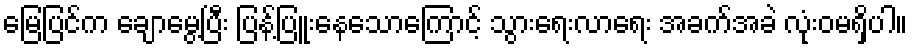
မြေပြင်က ချောမွေ့ပြီး ပြန့်ပြူးနေသောကြောင့် သွားရေးလာရေး အခက်အခဲ လုံးဝမရှိပါ။